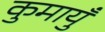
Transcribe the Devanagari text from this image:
कुमायुँ